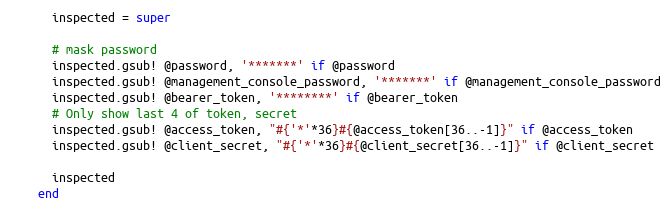
Language: Ruby
      inspected = super

      # mask password
      inspected.gsub! @password, '*******' if @password
      inspected.gsub! @management_console_password, '*******' if @management_console_password
      inspected.gsub! @bearer_token, '********' if @bearer_token
      # Only show last 4 of token, secret
      inspected.gsub! @access_token, "#{'*'*36}#{@access_token[36..-1]}" if @access_token
      inspected.gsub! @client_secret, "#{'*'*36}#{@client_secret[36..-1]}" if @client_secret

      inspected
    end